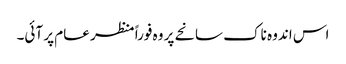
اس اندوہ ناک سانحے پر وہ فوراً منظر عام پر آئی۔